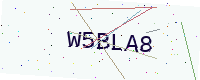
Text: W5BLA8